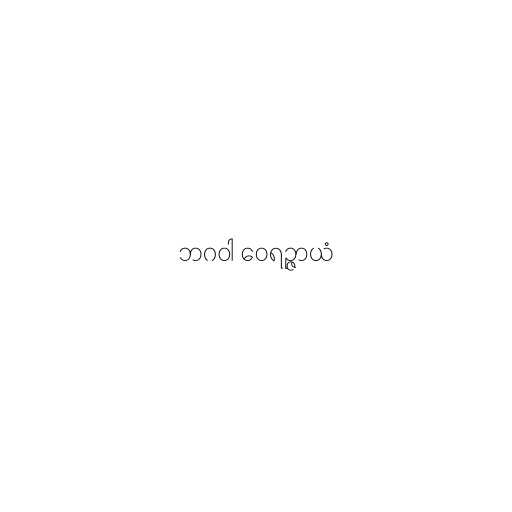
ဘဂဝါ ဝေရဉ္ဇာယံ